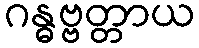
ဂန္ဓဗ္ဗတ္တာယ